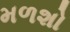
મળશો